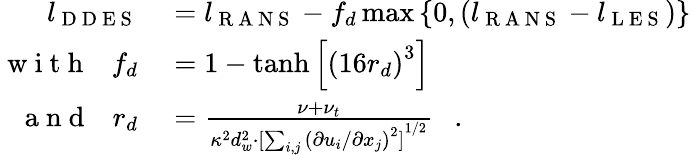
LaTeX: \begin{array}{rl}{l_{\mathrm{~D~D~E~S~}}}&{{}=l_{\mathrm{~R~A~N~S~}}-f_{d}\operatorname*{max}{\{ 0,\left(l_{\mathrm{~R~A~N~S~}}-l_{\mathrm{~L~E~S~}}\right)\} }}\\ {\mathrm{~w~i~t~h~}\ \ \ f_{d}}&{{}=1-\operatorname{tanh}{\left[{\left(16r_{d}\right)}^{3}\right]}\ \ \ }\\ {\mathrm{~a~n~d~}\ \ \ r_{d}}&{{}=\frac{\nu+\nu_{t}}{\kappa^{2}d_{w}^{2}\cdot{[\sum_{i,j}{\left(\partial u_{i}/\partial x_{j}\right)}^{2}]}^{1/2}}\ \ \ .}\end{array}